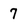
Character: 7